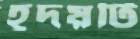
হূদয়টি